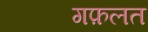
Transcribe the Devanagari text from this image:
गफ़लत